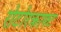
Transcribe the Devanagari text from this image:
रोटोरक्राफ्ट